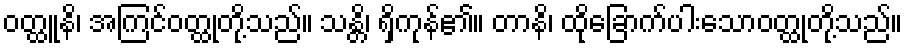
ဝတ္ထူနိ၊ အကြင်ဝတ္ထုတို့သည်။ သန္တိ၊ ရှိကုန်၏။ တာနိ၊ ထိုခြောက်ပါးသောဝတ္ထုတို့သည်။